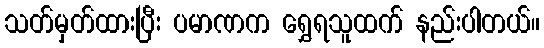
သတ်မှတ်ထားပြီး ပမာဏက ရွှေရသူထက် နည်းပါတယ်။